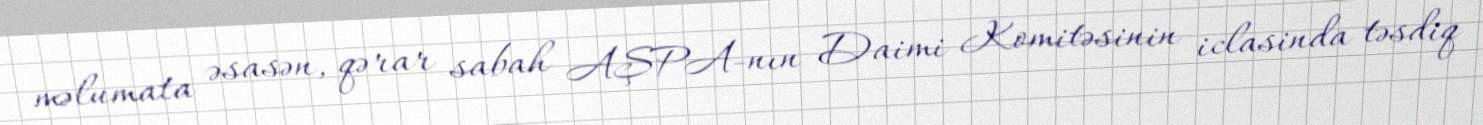
məlumata əsasən, qərar sabah AŞPA-nın Daimi Komitəsinin iclasinda təsdiq